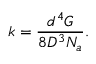
k = \frac { d ^ { 4 } G } { 8 D ^ { 3 } N _ { a } } .